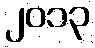
၂၀၁၃